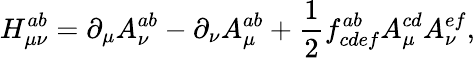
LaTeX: H_{\mu\nu}^{ab}=\partial_{\mu}A_{\nu}^{ab}-\partial_{\nu}A_{\mu}^{ab}+\frac{1}{2}f_{cdef}^{ab}A_{\mu}^{cd}A_{\nu}^{ef},